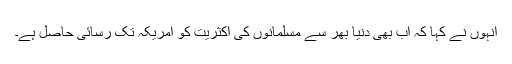
انہوں نے کہا کہ اب بھی دنیا بھر سے مسلمانوں کی اکثریت کو امریکہ تک رسائی حاصل ہے۔